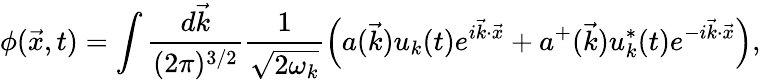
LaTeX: \phi(\vec{x},t)=\int\frac{d\vec{k}}{(2\pi)^{3/2}}\frac{1}{\sqrt{2\omega_{k}}}\left(a(\vec{k})u_{k}(t)e^{i\vec{k}\cdot\vec{x}}+a^{+}(\vec{k})u_{k}^{*}(t)e^{-i\vec{k}\cdot\vec{x}}\right),